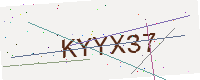
Text: KYYX37